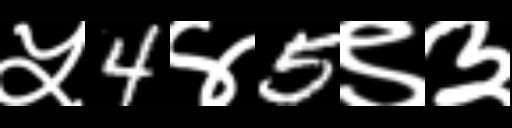
Text: ५4४5९३